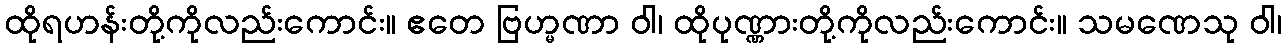
ထိုရဟန်းတို့ကိုလည်းကောင်း။ ဧတေ ဗြဟ္မဏာ ဝါ၊ ထိုပုဏ္ဏားတို့ကိုလည်းကောင်း။ သမဏေသု ဝါ၊